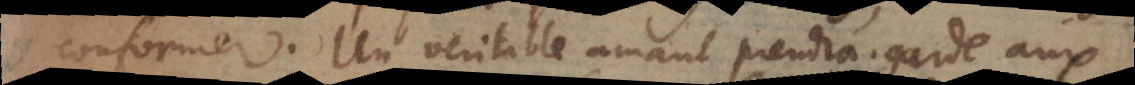
conformer. Un veritable amant prendra garde aux